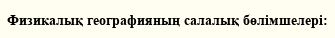
Физикалық географияның салалық бөлімшелері: